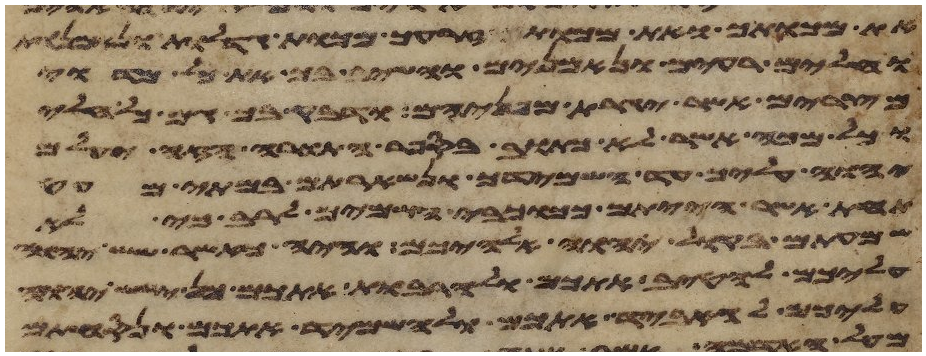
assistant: את מכותך ואת מכות זרעך מכות גדלות ונאמנות
וחלים רעים ונאמנים והשיב בך את כל מדוי
מצרים אשר יגרת מפניהם ודבק בך גם כל חלי
וכל מכה אשר לא כתוב בספר התורה הזה יעלם
יהוה עליך עד השמידך ונשארתם במתי מעט
תחת אשר הייתם ככוכבי השמים לרב כי לא
שמעתם בקול יהוה אלהיכם והיה כאשר שש יהוה
עליכם להטיב אתכם ולהרבות אתכם כן ישש יהוה
עליכם להאביד אתכם ולהשמיד אתכם ונסחתם